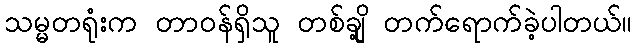
သမ္မတရုံးက တာဝန်ရှိသူ တစ်ချို့ တက်ရောက်ခဲ့ပါတယ်။